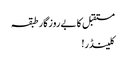
مستقبل کا بےروزگار طبقہ
کلینڈر!